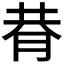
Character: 𦚴